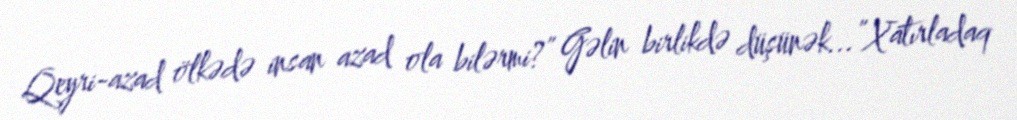
Qeyri-azad ölkədə insan azad ola bilərmi?” Gəlin birlikdə düşünək...”Xatırladaq